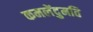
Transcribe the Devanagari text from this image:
कमलेंदुमति